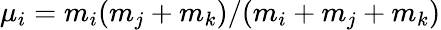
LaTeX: \mu_{i}={m_{i}(m_{j}+m_{k})}/({m_{i}+m_{j}+m_{k}})